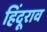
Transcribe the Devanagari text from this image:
हिंदूराव